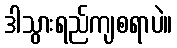
ဒါသွားရည်ကျစရာပဲ။